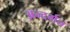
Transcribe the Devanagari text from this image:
अन्दर्गत